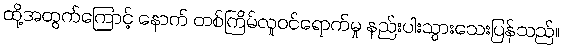
ထို့အတွက်ကြောင့် နောက် တစ်ကြိမ်လူဝင်ရောက်မှု နည်းပါးသွားသေးပြန်သည်။